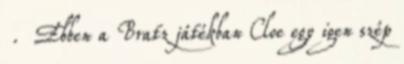
. Ebben a Bratz játékban Cloe egy igen szép